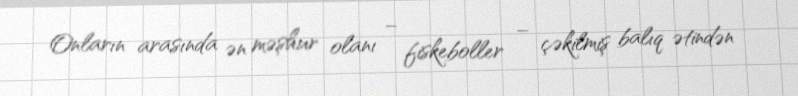
Onların arasında ən məşhur olanı – fiskeboller – çəkilmiş balıq ətindən